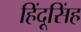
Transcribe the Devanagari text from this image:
हिंदूसिंह